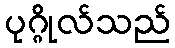
ပုဂ္ဂိုလ်သည်